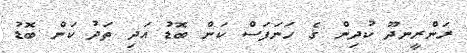
ރަންރީނދޫ ކުދިން ގެ ހަނަފަސް ކަން ބޮޑު އަދި ތަދު ކަން ބޮޑު